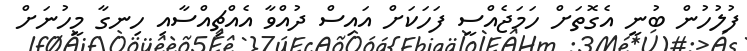
ފުލުހުން ބުނީ އެގޮތަށް ހަމަޖެއްސީ ފަހަކަށް އައިސް ދުއްވާ އެއްޗިއްސާއި ހިނގާ މީހުނަށް